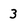
Character: 3